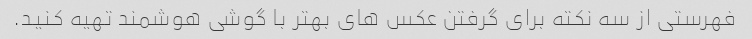
فهرستی از سه نکته برای گرفتن عکس های بهتر با گوشی هوشمند تهیه کنید.